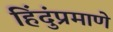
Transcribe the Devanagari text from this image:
हिंदुंप्रमाणे